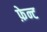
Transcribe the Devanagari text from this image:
फ़ेन्ट